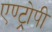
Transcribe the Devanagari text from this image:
एण्ट्रोपी